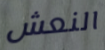
النعش